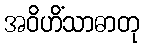
အဝိဟိံသာဓာတု